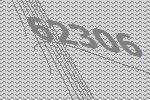
62306